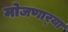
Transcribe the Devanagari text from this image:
मोजणार्‍या